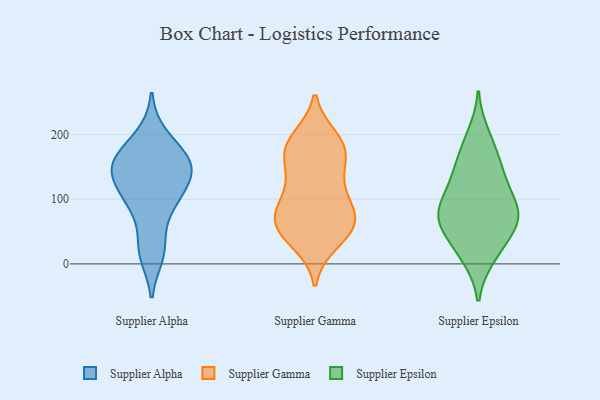
{"axis": {"x": "Net Income (USD K)", "y": "Value"}, "legend": ["Supplier Alpha", "Supplier Epsilon", "Supplier Gamma"], "data": [{"x": "", "y": 155, "type": "Supplier Alpha"}, {"x": "", "y": 26, "type": "Supplier Alpha"}, {"x": "", "y": 102, "type": "Supplier Alpha"}, {"x": "", "y": 162, "type": "Supplier Alpha"}, {"x": "", "y": 199, "type": "Supplier Alpha"}, {"x": "", "y": 110, "type": "Supplier Alpha"}, {"x": "", "y": 127, "type": "Supplier Alpha"}, {"x": "", "y": 14, "type": "Supplier Alpha"}, {"x": "", "y": 82, "type": "Supplier Alpha"}, {"x": "", "y": 141, "type": "Supplier Alpha"}, {"x": "", "y": 161, "type": "Supplier Alpha"}, {"x": "", "y": 160, "type": "Supplier Alpha"}, {"x": "", "y": 178, "type": "Supplier Gamma"}, {"x": "", "y": 62, "type": "Supplier Gamma"}, {"x": "", "y": 147, "type": "Supplier Gamma"}, {"x": "", "y": 182, "type": "Supplier Gamma"}, {"x": "", "y": 135, "type": "Supplier Gamma"}, {"x": "", "y": 88, "type": "Supplier Gamma"}, {"x": "", "y": 185, "type": "Supplier Gamma"}, {"x": "", "y": 193, "type": "Supplier Gamma"}, {"x": "", "y": 90, "type": "Supplier Gamma"}, {"x": "", "y": 74, "type": "Supplier Gamma"}, {"x": "", "y": 51, "type": "Supplier Gamma"}, {"x": "", "y": 34, "type": "Supplier Gamma"}, {"x": "", "y": 65, "type": "Supplier Gamma"}, {"x": "", "y": 69, "type": "Supplier Gamma"}, {"x": "", "y": 174, "type": "Supplier Gamma"}, {"x": "", "y": 117, "type": "Supplier Gamma"}, {"x": "", "y": 42, "type": "Supplier Gamma"}, {"x": "", "y": 75, "type": "Supplier Epsilon"}, {"x": "", "y": 120, "type": "Supplier Epsilon"}, {"x": "", "y": 181, "type": "Supplier Epsilon"}, {"x": "", "y": 76, "type": "Supplier Epsilon"}, {"x": "", "y": 101, "type": "Supplier Epsilon"}, {"x": "", "y": 90, "type": "Supplier Epsilon"}, {"x": "", "y": 150, "type": "Supplier Epsilon"}, {"x": "", "y": 153, "type": "Supplier Epsilon"}, {"x": "", "y": 200, "type": "Supplier Epsilon"}, {"x": "", "y": 54, "type": "Supplier Epsilon"}, {"x": "", "y": 130, "type": "Supplier Epsilon"}, {"x": "", "y": 59, "type": "Supplier Epsilon"}, {"x": "", "y": 10, "type": "Supplier Epsilon"}, {"x": "", "y": 74, "type": "Supplier Epsilon"}, {"x": "", "y": 13, "type": "Supplier Epsilon"}, {"x": "", "y": 73, "type": "Supplier Epsilon"}, {"x": "", "y": 35, "type": "Supplier Epsilon"}]}